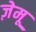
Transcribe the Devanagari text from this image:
ज़ेमू